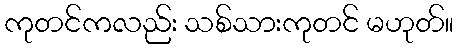
ကုတင်ကလည်း သစ်သားကုတင် မဟုတ်။